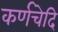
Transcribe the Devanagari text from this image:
कर्णचेदि